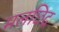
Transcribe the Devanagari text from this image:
मलछिद्र